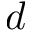
d